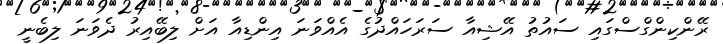
ރޭންކިންގްސްގައި ސައުތު އޭޝިއާ ސަރަހައްދުގެ އެއްވަނަ އިންޑިއާ އަށް ލިބޭއިރު ދެވަނަ ލިބެނީ